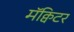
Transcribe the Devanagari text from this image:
मॅक्विटर